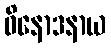
ဝိနောဒနာယ